Vital statistics of India. Vol. V, Reports of 1876 on armies & jails and on epidemic cholera
Year: 1876
Disease focus: Cholera
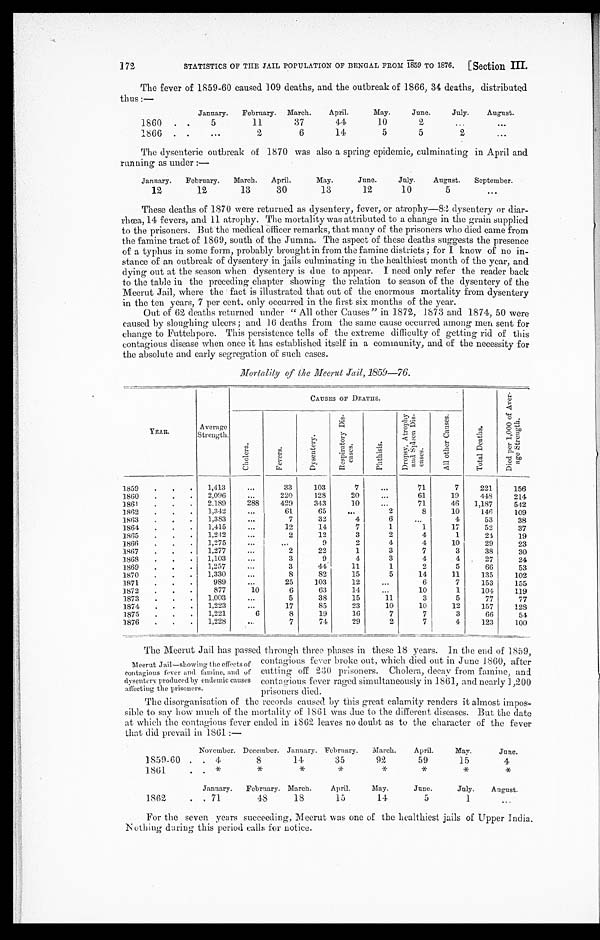
172
STATISTICS OF THE JAIL POPULATION OF BENGAL FROM 1859 TO 1876. [Section III.
The fever of 1859-60 caused 109 deaths, and the outbreak of 1866, 34 deaths, distributed
thus:—
January. February. March. April.
May.
June.
July. August.
1860
.
5
11
37
44
10
2
1866
2
6
14
5
5
2
The dysenteric outbreak of 1870 was also a spring epidemic, culminating in April and
running as under:—
January. February. March. April.
May.
June.
July. August. September.
12
12
13
30
13
12
10
5
These deaths of 1870 were returned as dysentery, fever, or atrophy—82 dysentery or (diar-
r h œ a , 1 4 f e v e r s , a n d 1 1 a t r o p h y . T h e m o r t a l i t y w a s a t t r i b u t e d t o a c h a n g e i n t h e g r a i n s u p p l i e d
to the prisoners. But the medical officer remarks, that many of the prisoners who died came from
the famine tract of 1869, south of the Jumna. The aspect of these deaths suggests the presence
of a typhus in some form., probably brought in from the famine districts; for I know of no in-
stance of an outbreak of dysentery in jails culminating in the healthiest month of the year, and
dying out at the season when dysentery is due to appear. I need only refer the reader back
to the table in the preceding chapter showing the relation to season of the dysentery of the
Meerut Jail, where the fact is illustrated that out of the enormous mortality from dysentery
in the ten. years, 7 per cent. only occurred in the first six months of the year.
Out of 62 deaths returned under "All other Causes" in 1872, 1873 and 1874, 50 were
caused by sloughing ulcers; and 16 deaths from the same cause occurred among men sent for
change to Futtehpore. This persistence tells of the extreme difficulty of getting rid of this
contagious disease when once it has established itself in a community, and of the necessity for
the absolute and early segregation of such cases.
Mortality of the Meerut Jail, 1859-76.
YEAR.
Average
Strength.
C A U S E S O F D E A T H S .
T o t a l D e a t h s .
D i e d p e r 1 , 0 0 0 o f A v e r a g e S t r e n g t h .
C h o l e r a .
F e v e r s .
D y s e n t r y .
R e s p i r a t o r y D i s -
e a s e s .
P h y t h i s i s .
D r o p s y , A t r o p h y a n d S p l e e n D i s -
eases.
A l l o t h e r C a s e s .
1859
1,413
33
103
7
71
7
221
156
1860
2,096
220
128
20
61
19
448
214
1861
2,189
288
429
343
10
71
46 1,187
542
1862
1,342
61
65
2
8
10
146
109
1863 1,383
7
32
4
6
4
53
38
1864
1,415
12
14
7
1
1
17
52
37
1865
1,242
2
12
3
2
4
1
24
19
1866
1,275
9
2
4
4
10
29
23
1867
1,277
2
22
1
3
7
3
38
30
1868
1,103
3
9
4
3
4
4
27
24
1869
1,257
3
44
11
1
2
5
66
53
1870
1,330
8
82
15
5
14
11
135
102
1871
989
25
103
12
6
7
153
155
1872
877
10
6
63
14
10
1
104
119
1873
1,003
5
38
15
11
3
5
77
77
1.874
1,223
17
85
23
10
10
12
157
1 2 8
1875
1,221
6
8
19
16
7
7
3
66
54
1876
1,228
7
71
29
2
7 I
4
123
100
The Meerut Jail has passed through three phases in these 18 years. In the end of 1859,
Meerut Jail—showing the effects of
contagious fever and famine, and of
dysentery produced by endemic causes
a f f e c t i n g t h e p r i s o n e r s .
contagious lever broke out, which died out m June 1860, after
cutting off 230 prisoners. Cholera, decay from famine, and
contagious fever raged simultaneously in 1861, and nearly 1,200
prisoners died.
The disorganisation of the records caused by this great calamity renders it almost impos-
si bl e t o say how much of t he mort al i t y of 1 861 was due t o t he di fferent di seases. But t he dat e
at which the contagious fever ended in 1862 leaves no doubt as to the character of the fever
that did prevail in 1861:—
November. December. January. February. March. April.
May.
June.
1659-60
4
8
14
35
92
59
15
4,
1861
*
*
*
*
*
*
*
January. February. March. April.
May.
June.
July. August.
1862
71
48
18
15
14
5
1
For the seven years succeeding, Meerut was one of the healthiest jails of Upper India.
Nothing during this period calls for notice.